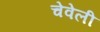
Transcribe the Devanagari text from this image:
चेवेली